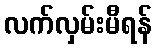
လက်လှမ်းမီရန်